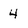
Character: 4